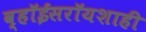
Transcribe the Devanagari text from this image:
व्हॉईसरॉयशाही